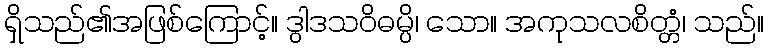
ရှိသည်၏အဖြစ်ကြောင့်။ ဒွါဒသဝိဓမ္ပိ၊ သော။ အကုသလစိတ္တံ၊ သည်။